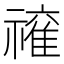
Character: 𱵩